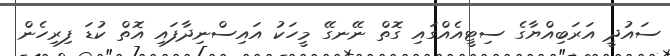
ސައުދީ އަރަބިއްޔާގެ ސިޓީއެއްގައި ގޮތް ނޭނގޭ މީހަކު އައިސްނިދާފައި އޮތް ކުޑަ ފިރިހެން